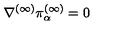
\nabla ^ { ( \infty ) } \pi _ { \alpha } ^ { ( \infty ) } = 0